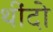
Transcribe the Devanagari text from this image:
थींदो